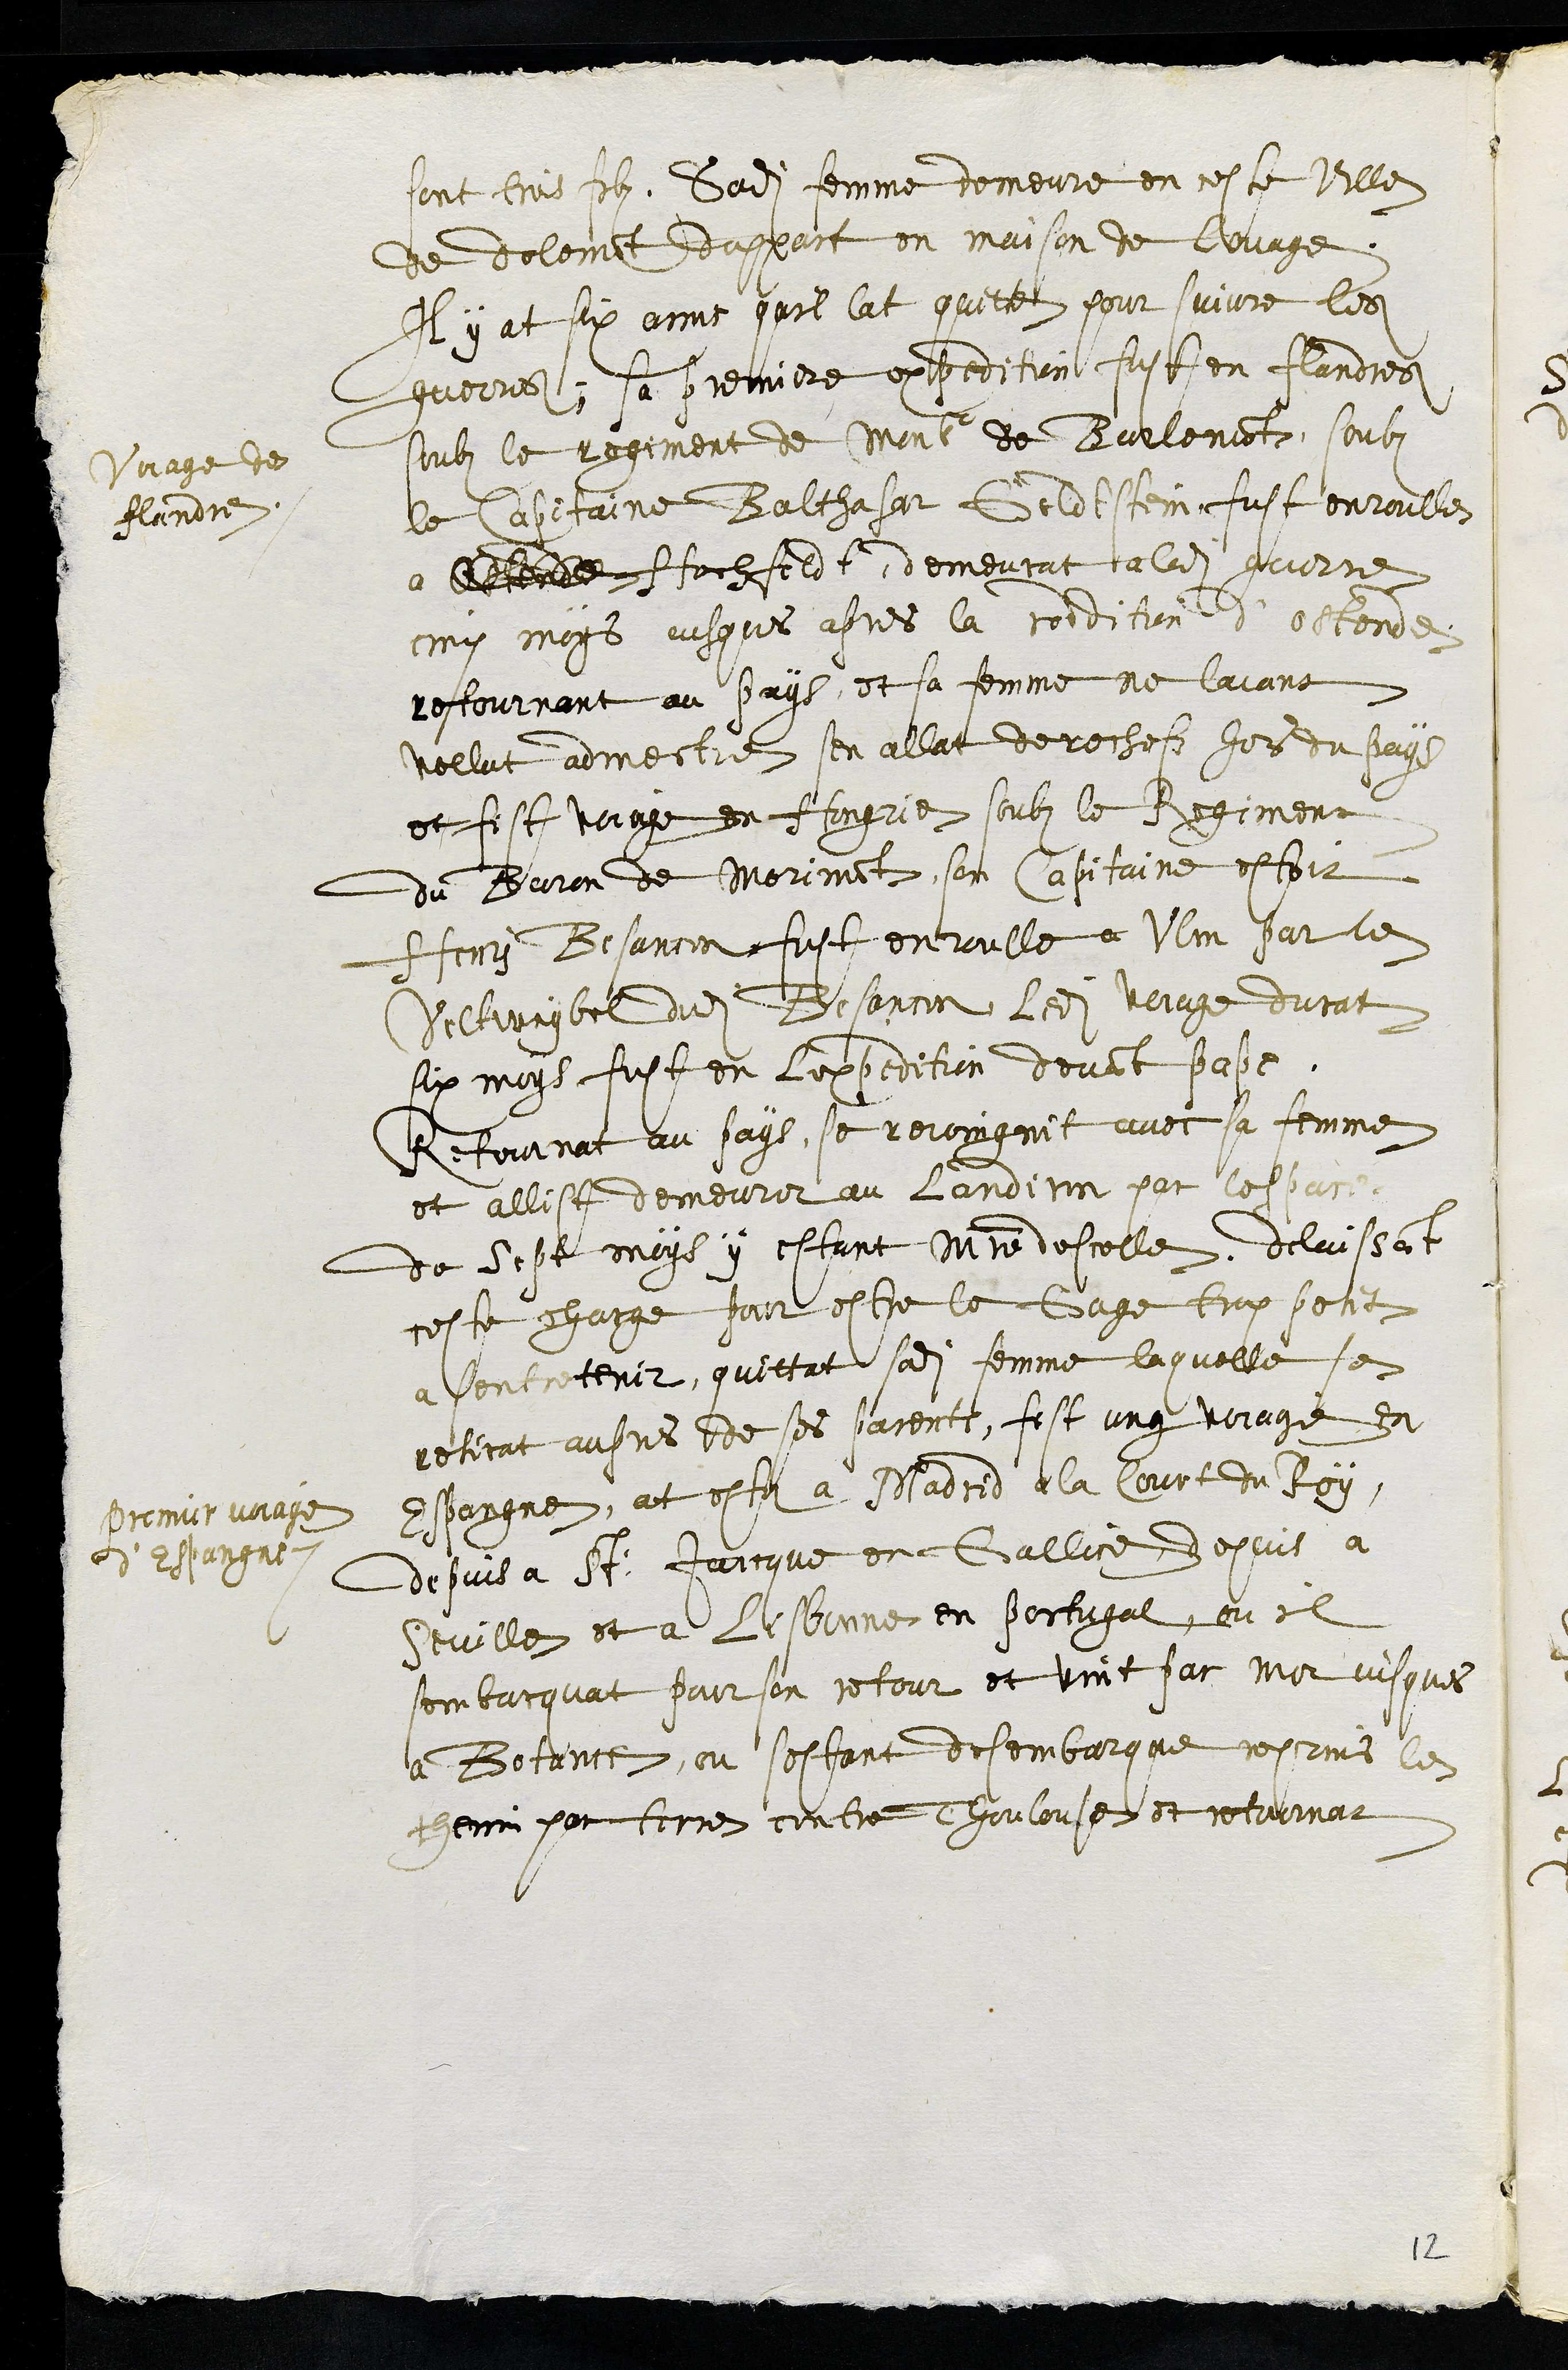
sont trois filz, sadite femme demeure en ceste ville
de delemont dappart en maison de louage
Il y at six ans quil lat quitte pour suivre les
guerres, sa premiere expedition fust en flandres
soubz le regiment de Monsieur de Burlemont, soubz
le Capitaine Balthasar Geldstein fust enroullez
a Attende Hochfeldt, demeurat a ladite guerre
cinq moys jusques apres la reddition d'ostende
Voiage des
flandres
retournant au pays et sa femme ne laiant
vollut admectre sen allat derechefz hors du pays
et fist voiage en Hongrie soubz le Regiment
du Baron de Morimont son Capitaine estoit
Henry Besancon fust enroulle a Ulm par le
Seltweybel dudit Besancon ledit voiage durat
six moys fust en lexpedition devant pape
Retournat au pays, se rejoingnit avec sa femme
et allist demeurer au Landiron par lespace
de Sept moys y estant maistre descolle, delaissant
ceste charge pour estre le Gage trop petit
a sentretenir, quittat sadite femme laquelle se
retirat aupres de ses parents, fist ung voiage en
Espangne, at este a Madrid a la Court du Roy
premier voiage
d'Espangne
depuis a St: Jaicque en Gallice depuis a
Seville et a Lisbonne en portugal, ou il
sembarquat pour son retour et vint par Manisques
a Botance, ou sestant desembarque reprins le
chemin par terre contre Thoulouse et retournat
12